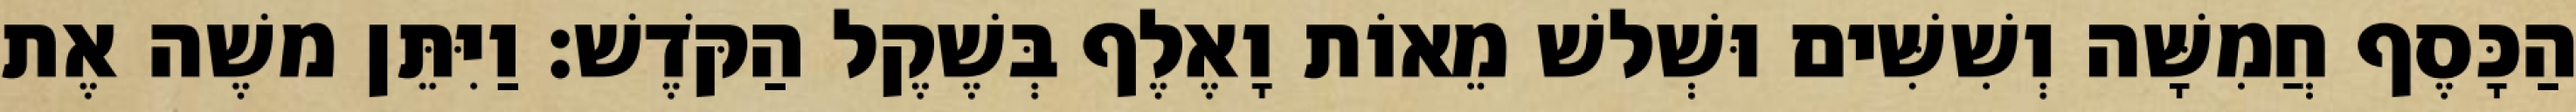
הַכָּסֶף חֲמִשָּׁה וְשִׁשִּׁים וּשְׁלשׁ מֵאוֹת וָאֶלֶף בְּשֶׁקֶל הַקֹּדֶשׁ׃ וַיִּתֵּן משֶׁה אֶת